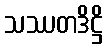
သဿတဒိဋ္ဌိ